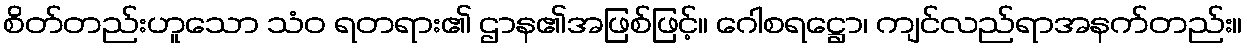
စိတ်တည်းဟူသော သံဝ ရတရား၏ ဌာန၏အဖြစ်ဖြင့်။ ဂေါစရဋ္ဌော၊ ကျင်လည်ရာအနက်တည်း။